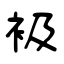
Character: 衱